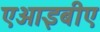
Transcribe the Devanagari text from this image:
एआइबीए